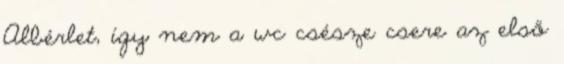
Albérlet, így nem a wc csésze csere az első